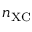
n _ { \scriptscriptstyle \mathrm { X C } }